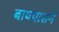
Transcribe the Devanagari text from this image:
बायपासने